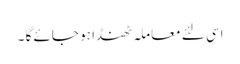
اسی لئے معاملہ ٹھنڈا ہو جائے گا ۔